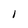
Character: I